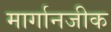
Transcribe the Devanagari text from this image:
मार्गानजीक